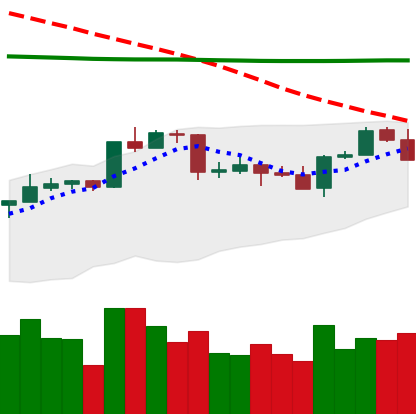
Ticker: ADA-USD
Chart end date: 2020-04-20
Forward return: 24.083%
Label: up_7plus